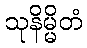
သုနိမ္မိတံ